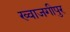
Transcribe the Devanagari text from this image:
ख्वाजगीपुर